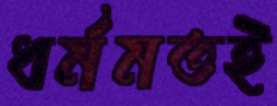
ধর্মমতই